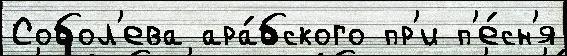
Собол'ева ара́бского пр'и п'е́сн'я